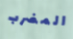
المضرب